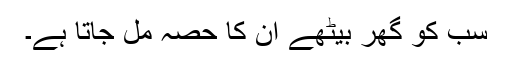
سب کو گھر بیٹھے ان کا حصّہ مل جاتا ہے۔